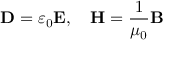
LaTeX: \mathbf { D } = \varepsilon _ { 0 } \mathbf { E } , \quad \mathbf { H } = { \frac { 1 } { \mu _ { 0 } } } \mathbf { B }